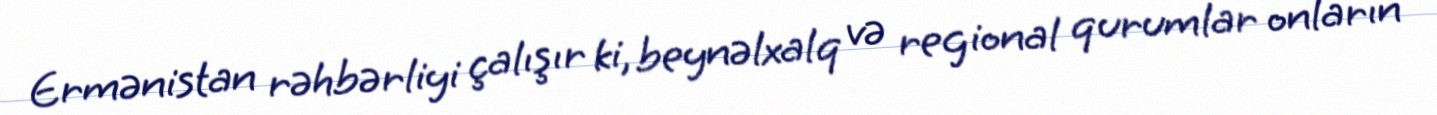
Ermənistan rəhbərliyi çalışır ki, beynəlxalq və regional qurumlar onların